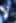
لا